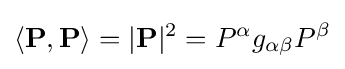
\left\langle \mathbf {P} ,\mathbf {P} \right\rangle =|\mathbf {P} |^{2}=P^{\alpha }g_{\alpha \beta }P^{\beta }